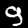
Label: 9